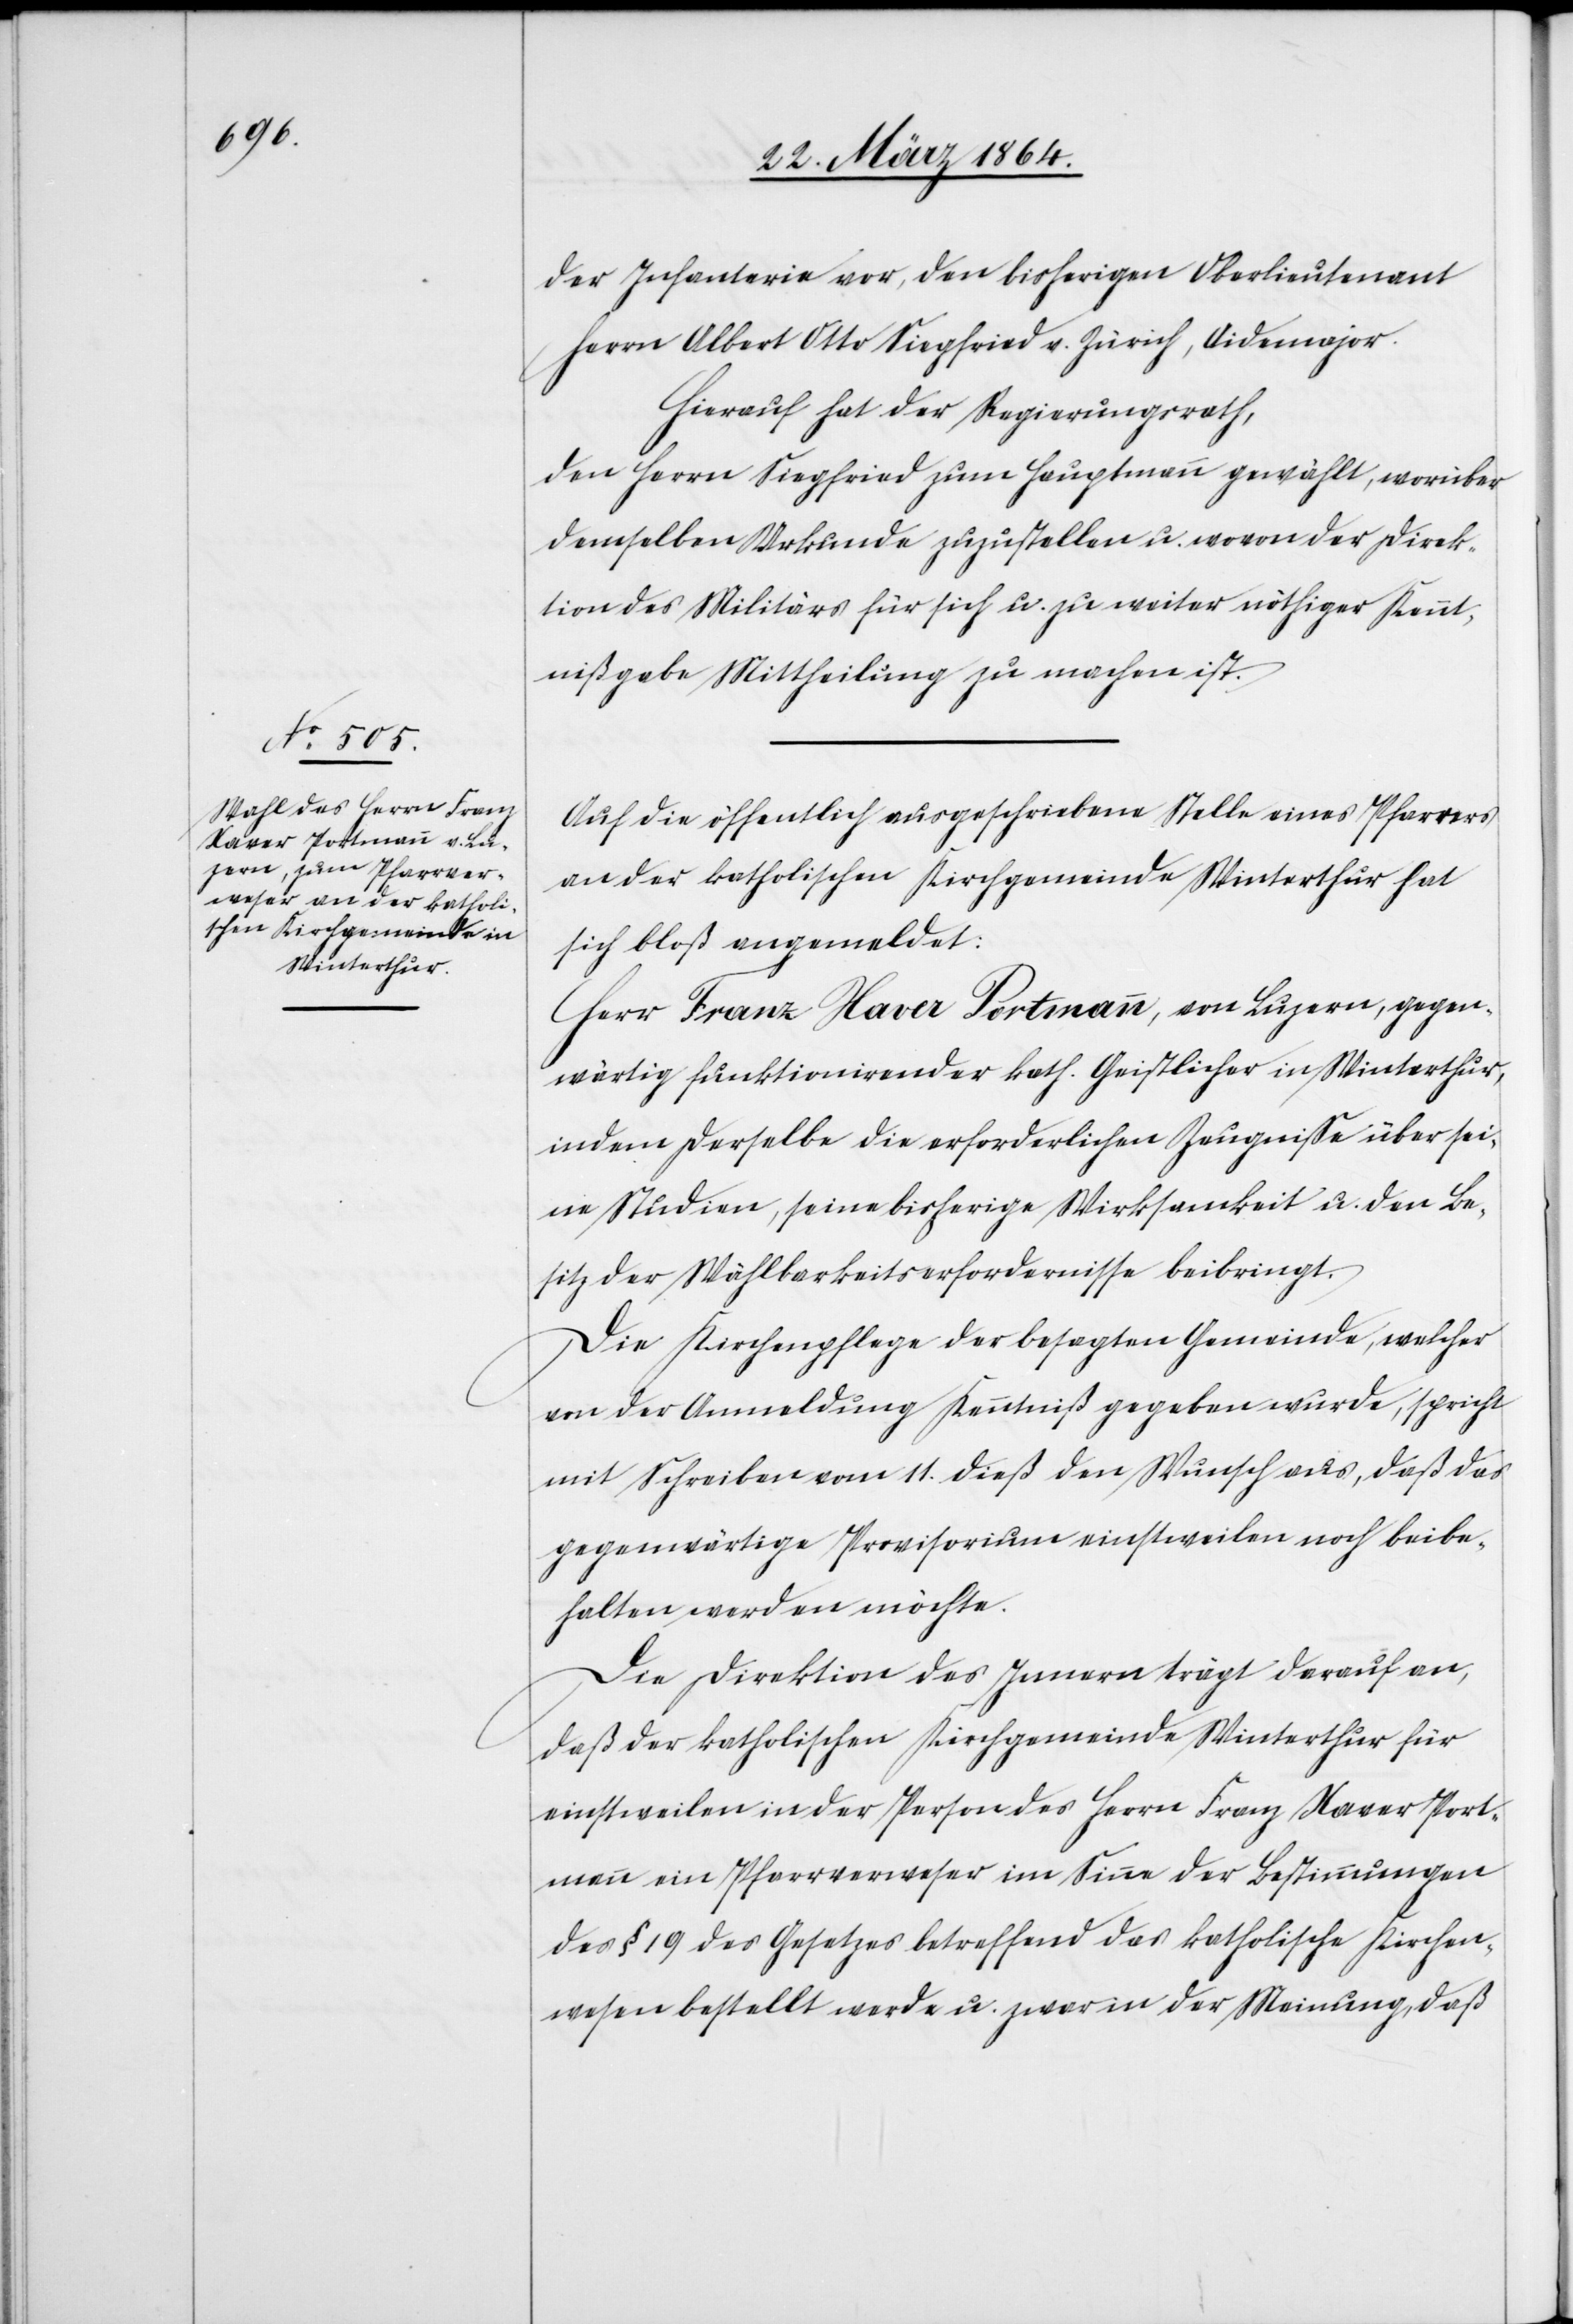
der Infanterie vor, den bisherigen Oberlieutenant
Herrn Albert Otto Siegfried v. Zürich, Aidemajor.
Hierauf hat der Regierungsrath,
den Herrn Siegfried zum Hauptmann gewählt, worüber
demselben Urkunde zuzustellen u. wovon der Direk¬
tion des Militärs für sich u. zu weiter nöthiger Kennt¬
nißgabe Mittheilung zu machen ist.
Auf die öffentlich ausgeschriebene Stelle eines Pfarrers
an der katholischen Kirchgemeinde Winterthur hat
sich bloß angemeldet:
Herr Franz Xaver Portmann, von Luzern, gegen¬
wärtig funktionierender kath. Geistlicher in Winterthur,
indem derselbe die erforderlichen Zeugnisse über sei¬
ne Studien, seine bisherige Wirksamkeit u. den Be¬
sitz der Wählbarkeitserfordernisse beibringt.
Die Kirchenpflege der besagten Gemeinde, welcher
von der Anmeldung Kenntniß gegeben wurde, spricht
mit Schreiben vom 11. dieß den Wunsch aus, daß das
gegenwärtige Provisorium einstweilen noch beibe¬
halten werden möchte.
Die Direktion des Innern trägt darauf an,
daß der katholischen Kirchgemeinde Winterthur für
einstweilen in der Person des Herrn Franz Xaver Port¬
mann ein Pfarrverweser im Sinne der Bestimmungen
des § 19 des Gesetzes betreffend das katholische Kirchen¬
wesen bestellt werde u. zwar in der Meinung, daß